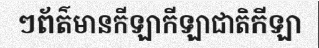
ៗព័ត៌មានកីឡាកីឡាជាតិកីឡា